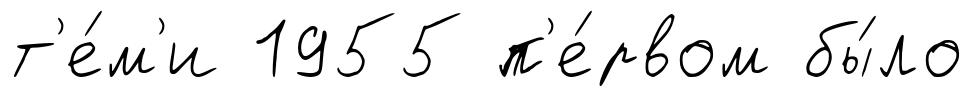
т'е́м'и 1955 п'е́рвом бы́ло